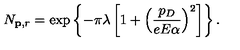
N _ { { \bf p } , r } = \exp \left\{ - \pi \lambda \left[ 1 + \left( \frac { p _ { D } } { e E \alpha } \right) ^ { 2 } \right] \right\} .